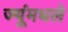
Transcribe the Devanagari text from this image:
ज्यूंमधले